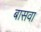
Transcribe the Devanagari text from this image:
बासवा